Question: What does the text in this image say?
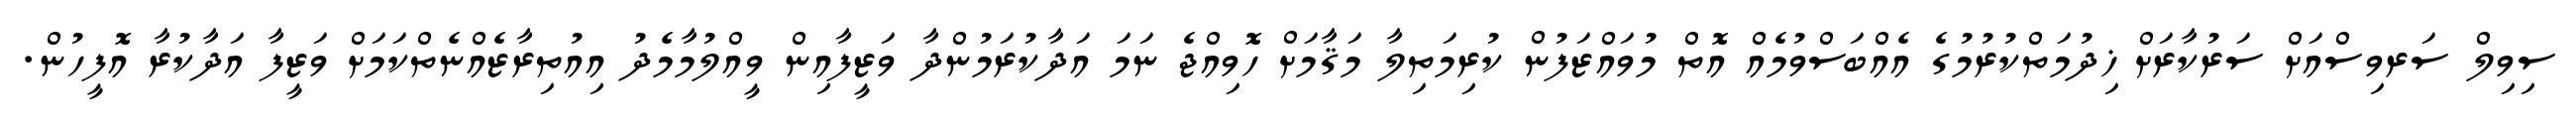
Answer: ސިވިލް ސަރވިސްއަށް ސަރުކާރަށް ޚިދުމަތްކުރުމުގެ އެއްބަސްވުމެއް އޮތް މުވައްޒަފުން ކުރިމަތިލާ މަޤާމަށް ހޮވިއްޖެ ނަމަ އަދާކުރަމުންދާ ވަޒީފާއިން ވީއްލުމާމެދު އިއުތިރާޒެއްނެތްކަމަށް ވަޒީފާ އަދާކުރާ އޮފީހުން.